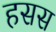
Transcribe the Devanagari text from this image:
हसस